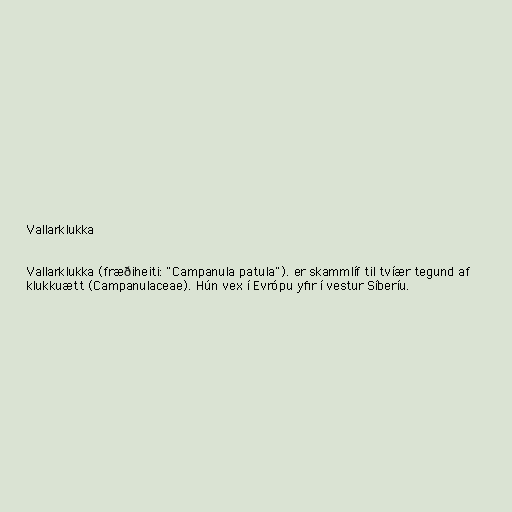
Vallarklukka

Vallarklukka (fræðiheiti: "Campanula patula"). er skammlíf til tvíær tegund af
klukkuætt (Campanulaceae). Hún vex í Evrópu yfir í vestur Síberíu.